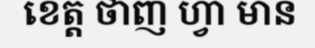
ខេត្ត ថាញ ហ្វា មាន